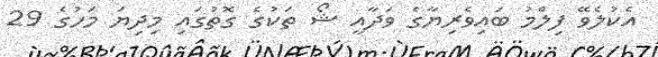
އެކުލެވޭ ފިލްމު ބައިވެރިޔާގެ ވަދާއީ ޝޯ ތަކުގެ ގޮތުގައި މިދިޔަ މަހުގެ 29